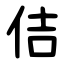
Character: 佶